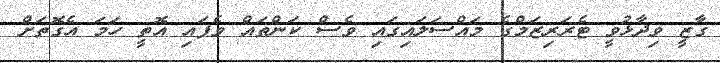
ގާޒީ ވިދާޅުވީ ޓެރަރިޒަމްގެ މައްސަލައިގައި ވެސް ކަންތައް ވެފައި އޮތީ ހަމަ އެގޮތަށް